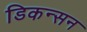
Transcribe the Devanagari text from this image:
डिकन्सन